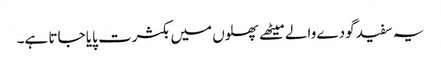
یہ سفید گودے والے میٹھے پھلوں میں بکثرت پایا جاتا ہے۔